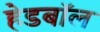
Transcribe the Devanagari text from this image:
हेडबॉल